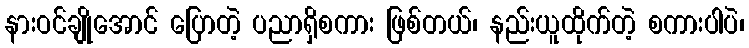
နားဝင်ချိုအောင် ပြောတဲ့ ပညာရှိစကား ဖြစ်တယ်၊ နည်းယူထိုက်တဲ့ စကားပါပဲ၊